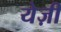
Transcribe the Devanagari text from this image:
येज़ी